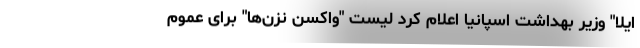
ایلا" وزیر بهداشت اسپانیا اعلام کرد لیست "واکسن نزن‌ها" برای عموم